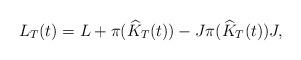
LaTeX: \begin{align*}L_T(t)=L+\pi(\widehat K_T(t))-J\pi(\widehat K_T(t))J,\end{align*}